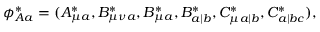
\phi _ { A a } ^ { \ast } = ( A _ { \mu a } ^ { \ast } , B _ { \mu \nu a } ^ { \ast } , B _ { \mu a } ^ { \ast } , B _ { a | b } ^ { \ast } , C _ { \mu a | b } ^ { \ast } , C _ { a | b c } ^ { \ast } ) ,